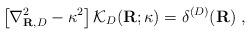
LaTeX: \begin{align*}\left[ \nabla_{{\bf R},{D}}^{2} -\kappa^{2} \right]{\mathcal K}_{{D}}({\bf R};\kappa)=\delta^{({D})}({\bf R} )\; ,\end{align*}